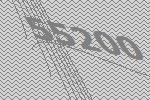
55200